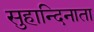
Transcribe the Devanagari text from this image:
सुहान्दिनाता